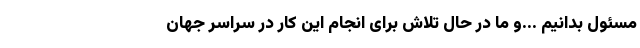
مسئول بدانیم ...و ما در حال تلاش برای انجام این کار در سراسر جهان